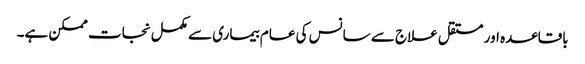
باقاعدہ اور مستقل علاج سے سانس کی عام بیماری سے مکمل نجات ممکن ہے۔